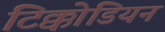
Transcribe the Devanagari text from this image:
टिक्कोडियन